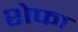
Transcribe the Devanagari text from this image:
शेफा